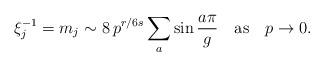
LaTeX: \begin{align*}\xi_j^{-1}=m_j \sim 8\, p^{r/6s} \sum_a \sin \frac{a\pi}{g}\quad \mbox{as} \quad p \to 0.\end{align*}